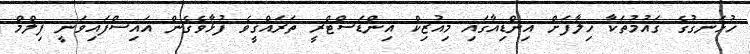
ހުޅަނގުގެ ޤައުމުތަކާ ޚިލާފަށް އިންޑިއާގައި މިއުޒިކް އިންޑަސްޓްރީ ތަރައްޤީވެ ފުޅާވެގެން އައިސްފައިވަނީ ފިލްމް